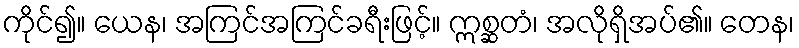
ကိုင်၍။ ယေန၊ အကြင်အကြင်ခရီးဖြင့်။ ဣစ္ဆတံ၊ အလိုရှိအပ်၏။ တေန၊